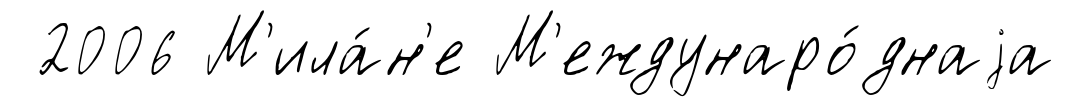
2006 М'ила́н'е М'еждунаро́днаjа